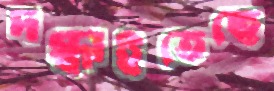
দগ্ধাইতেছে